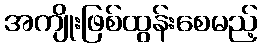
အကျိုးဖြစ်ထွန်းစေမည့်